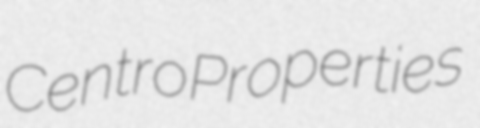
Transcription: Centro Properties